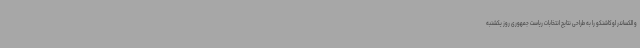
و الکساندر لوکاشنکو را به طراحی نتایج انتخابات ریاست جمهوری روز یکشنبه